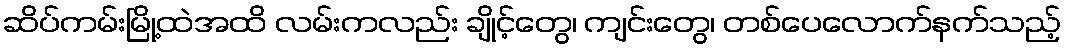
ဆိပ်ကမ်းမြို့ထဲအထိ လမ်းကလည်း ချိုင့်တွေ၊ ကျင်းတွေ၊ တစ်ပေလောက်နက်သည့်